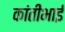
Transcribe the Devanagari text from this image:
कांतीभाई